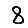
Digit: 8